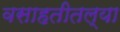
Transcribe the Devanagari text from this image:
वसाहतीतल्या